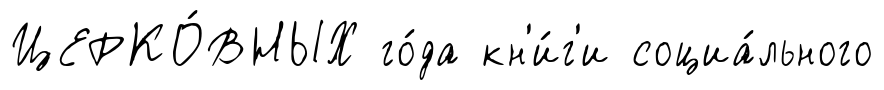
ЦЕРКО́ВНЫХ го́да кн'и́г'и социа́льного